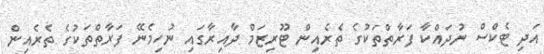
އަދި ޓެކްސް ނުދައްކާ ފަރާތްތަކުގެ ތެރެއިން ޓޫރިޒަމް ދާއިރާގައި ނުހިމެނޭ ފަރާތްތަކުގެ ތެރެއިން